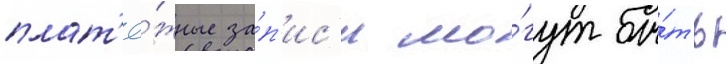
плат'ё́жные за́п'ис'и мо́гут бы́ть